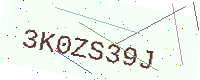
Text: 3K0ZS39J